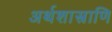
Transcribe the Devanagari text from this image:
अर्थशास्त्राणि